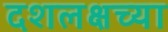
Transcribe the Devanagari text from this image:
दशलक्षच्या